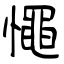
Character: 憴